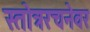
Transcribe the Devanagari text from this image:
स्तोत्ररचनेवर